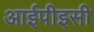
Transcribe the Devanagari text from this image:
आईपीइसी